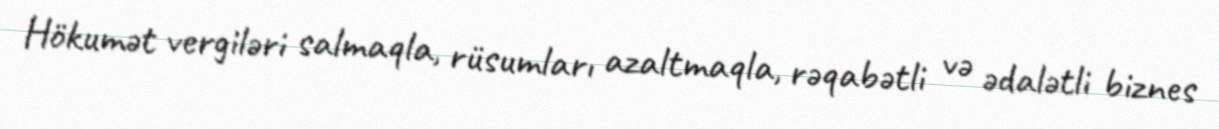
Hökumət vergiləri salmaqla, rüsumları azaltmaqla, rəqabətli və ədalətli biznes